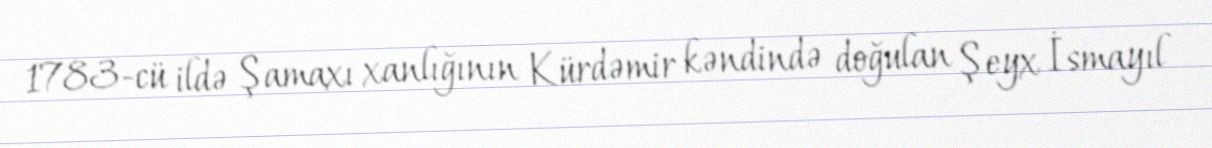
1783-cü ildə Şamaxı xanlığının Kürdəmir kəndində doğulan Şeyx İsmayıl